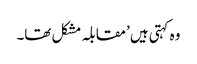
وہ کہتی ہیں ’مقابلہ مشکل تھا۔